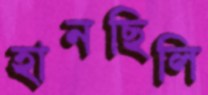
হানছিলি